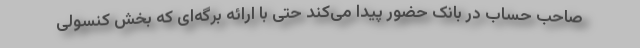
صاحب حساب در بانک حضور پیدا می‌کند حتی با ارائه برگه‌ای که بخش کنسولی